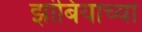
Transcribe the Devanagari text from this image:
झांबियाच्या